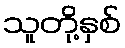
သူတို့နှစ်